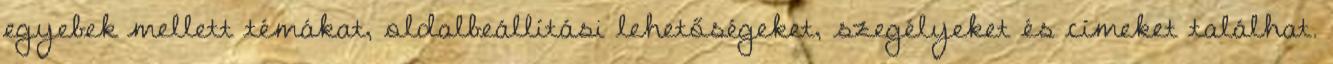
egyebek mellett témákat, oldalbeállítási lehetőségeket, szegélyeket és címeket találhat.